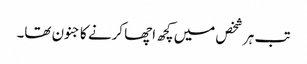
تب ہر شخص میں کچھ اچھا کرنے کا جنون تھا۔